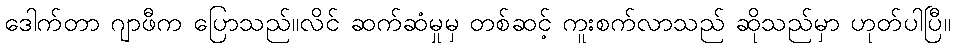
ဒေါက်တာ ဂျာဖီက ပြောသည်။လိင် ဆက်ဆံမှုမှ တစ်ဆင့် ကူးစက်လာသည် ဆိုသည်မှာ ဟုတ်ပါပြီ။